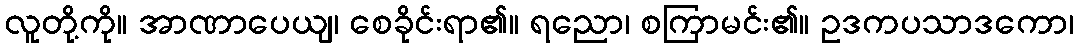
လူတို့ကို။ အာဏာပေယျ၊ စေခိုင်းရာ၏။ ရညော၊ စကြာမင်း၏။ ဥဒကပသာဒကော၊